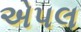
એપલ